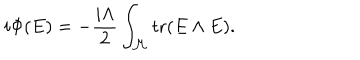
i \Phi ( E ) = - { \frac { i \Lambda } { 2 } } \int _ { \cal M } \mathrm { t r } ( E \wedge E ) .